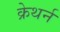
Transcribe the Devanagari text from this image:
क्रेथर्न